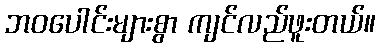
ဘဝပေါင်းများစွာ ကျင်လည်ဖူးတယ်။